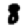
Digit: 8